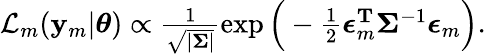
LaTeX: \begin{array}{r}{\mathcal{L}_{m}(\mathbf{y}_{m}|\boldsymbol{\theta})\propto\frac{1}{\sqrt{|\boldsymbol{\Sigma}|}}\exp\Big(-\frac{1}{2}\boldsymbol{\epsilon}_{m}^{\mathbf{T}}\boldsymbol{\Sigma}^{-1}\boldsymbol{\epsilon}_{m}\Big).}\end{array}